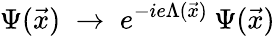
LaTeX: \Psi(\vec{x})\; \rightarrow\; e^{-ie\Lambda(\vec{x})}\: \Psi(\vec{x})